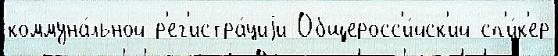
коммуна́льной р'ег'истра́циjи Общеросс'и́йск'ий сп'и́к'ер